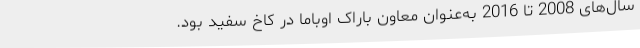
سال‌های 2008 تا 2016 به‌عنوان معاون باراک اوباما در کاخ سفید بود.